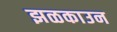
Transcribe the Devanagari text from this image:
झळकाउन